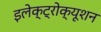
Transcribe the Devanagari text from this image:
इलेक्ट्रोक्यूशन